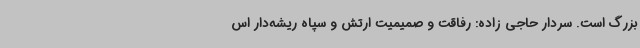
بزرگ است. سردار حاجی زاده: رفاقت و صمیمیت ارتش و سپاه ریشه‌دار اس